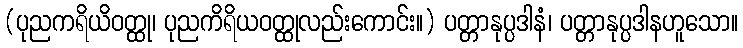
(ပုညကရိယိဝတ္ထု၊ ပုညကိရိယဝတ္ထုလည်းကောင်း။) ပတ္တာနုပ္ပဒါနံ၊ ပတ္တာနုပ္ပဒါနဟူသော။